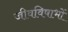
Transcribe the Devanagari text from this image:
जीवविषाभों